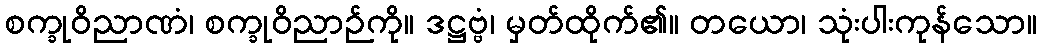
စက္ခုဝိညာဏံ၊ စက္ခုဝိညာဉ်ကို။ ဒဋ္ဌဗ္ဗံ၊ မှတ်ထိုက်၏။ တယော၊ သုံးပါးကုန်သော။